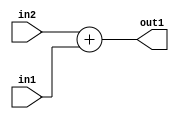
`timescale 1ps / 1ps
/*****************************************************************************
    Verilog RTL Description
    
    
    Created by: Stratus DpOpt 2019.1.01 
*******************************************************************************/

module st_feature_addr_gen_Add_16Ux16U_16U_4_4 (
	in2,
	in1,
	out1
	); /* architecture "behavioural" */ 
input [15:0] in2,
	in1;
output [15:0] out1;
wire [15:0] asc001;

assign asc001 = 
	+(in2)
	+(in1);

assign out1 = asc001;
endmodule

/* CADENCE  ubHzQw0= : u9/ySgnWtBlWxVPRXgAZ4Og= ** DO NOT EDIT THIS LINE ******/